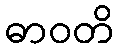
ဓာဝတိ